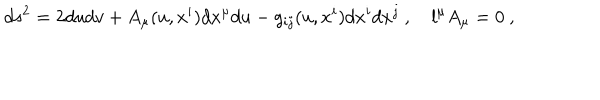
LaTeX: d s ^ { 2 } = 2 d u d v + A _ { \mu } ( u , x ^ { i } ) d x ^ { \mu } d u - g _ { i j } ( u , x ^ { i } ) d x ^ { i } d x ^ { j } \ , \quad l ^ { \mu } A _ { \mu } = 0 \ ,